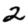
Digit: 2